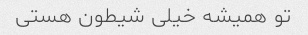
تو همیشه خیلی شیطون هستی